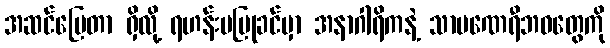
အဆင်ပြေတာ ရှိလို့ ရဟန်းမပြုခင်မှာ အနာဂါရိကနဲ့ သာမဏေရီဘဝတွေကို